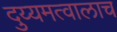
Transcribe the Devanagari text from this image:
दुय्यमत्वालाच